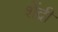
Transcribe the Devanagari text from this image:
शेंद्री